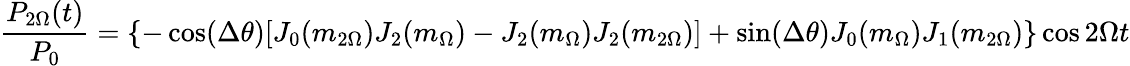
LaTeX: \frac{P_{2\Omega}(t)}{P_{0}}=\left\{ -\cos(\Delta\theta)[J_{0}(m_{2\Omega})J_{2}(m_{\Omega})-J_{2}(m_{\Omega})J_{2}(m_{2\Omega})]+\sin(\Delta\theta)J_{0}(m_{\Omega})J_{1}(m_{2\Omega})\right\} \cos 2\Omega t